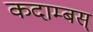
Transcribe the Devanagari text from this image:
कदाम्बस्